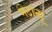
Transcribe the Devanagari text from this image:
मेटान्यू